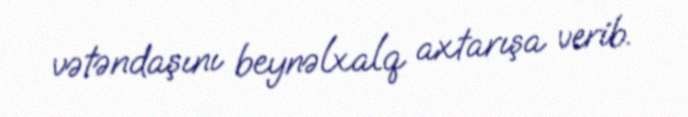
vətəndaşını beynəlxalq axtarışa verib.